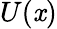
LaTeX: U(\mathit{x})